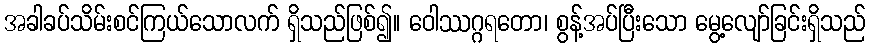
အခါခပ်သိမ်းစင်ကြယ်သောလက် ရှိသည်ဖြစ်၍။ ဝေါဿဂ္ဂရတော၊ စွန့်အပ်ပြီးသော မွေ့လျော်ခြင်းရှိသည်